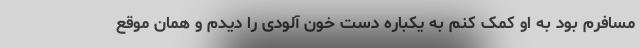
مسافرم بود به او کمک کنم به یکباره دست خون آلودی را دیدم و همان موقع